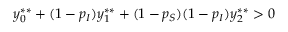
y _ { 0 } ^ { * * } + ( 1 - p _ { I } ) y _ { 1 } ^ { * * } + ( 1 - p _ { S } ) ( 1 - p _ { I } ) y _ { 2 } ^ { * * } > 0